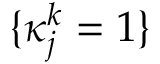
\{ \kappa _ { j } ^ { k } = 1 \}